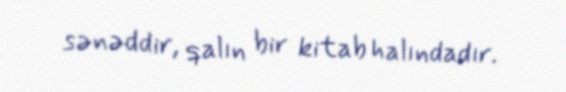
sənəddir, qalın bir kitab halındadır.